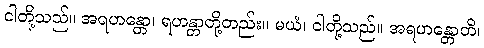
ငါတို့သည်။ အရဟန္တော၊ ရဟန္တာတို့တည်း။ မယံ၊ ငါတို့သည်။ အရဟန္တောတိ၊